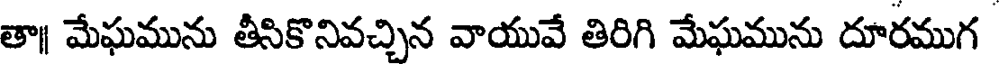
తా మేఘమును తీసికొనివచ్చిన వాయువే తిరిగి మేఘమును దూరముగ